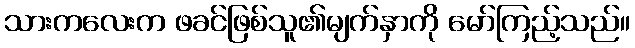
သားကလေးက ဖခင်ဖြစ်သူ၏မျက်နှာကို မော်ကြည့်သည်။